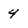
Character: 4